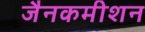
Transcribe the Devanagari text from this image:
जैनकमीशन